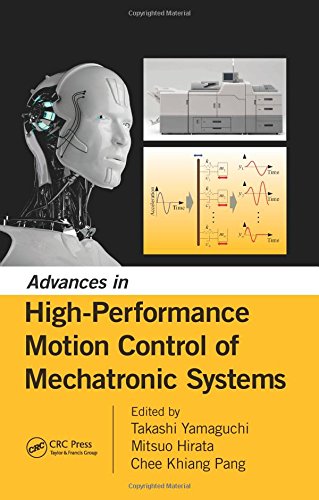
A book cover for Advances in High-Performance Motion Control of Mechatronic Systems; Science & Math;